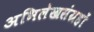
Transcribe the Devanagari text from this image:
अभिलेखसंग्रहों